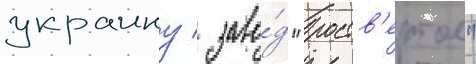
украину / заво́д "роств'ертол"